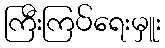
ကြီးကြပ်ရေးမှူး